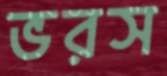
ভরস